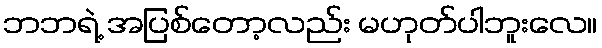
ဘဘရဲ့ အပြစ်တော့လည်း မဟုတ်ပါဘူးလေ။